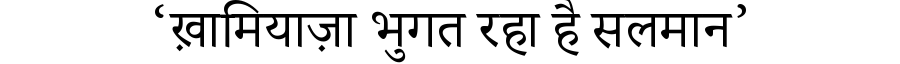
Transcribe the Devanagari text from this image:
‘ख़ामियाज़ा भुगत रहा है सलमान’